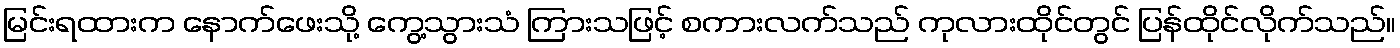
မြင်းရထားက နောက်ဖေးသို့ ကွေ့သွားသံ ကြားသဖြင့် စကားလက်သည် ကုလားထိုင်တွင် ပြန်ထိုင်လိုက်သည်။